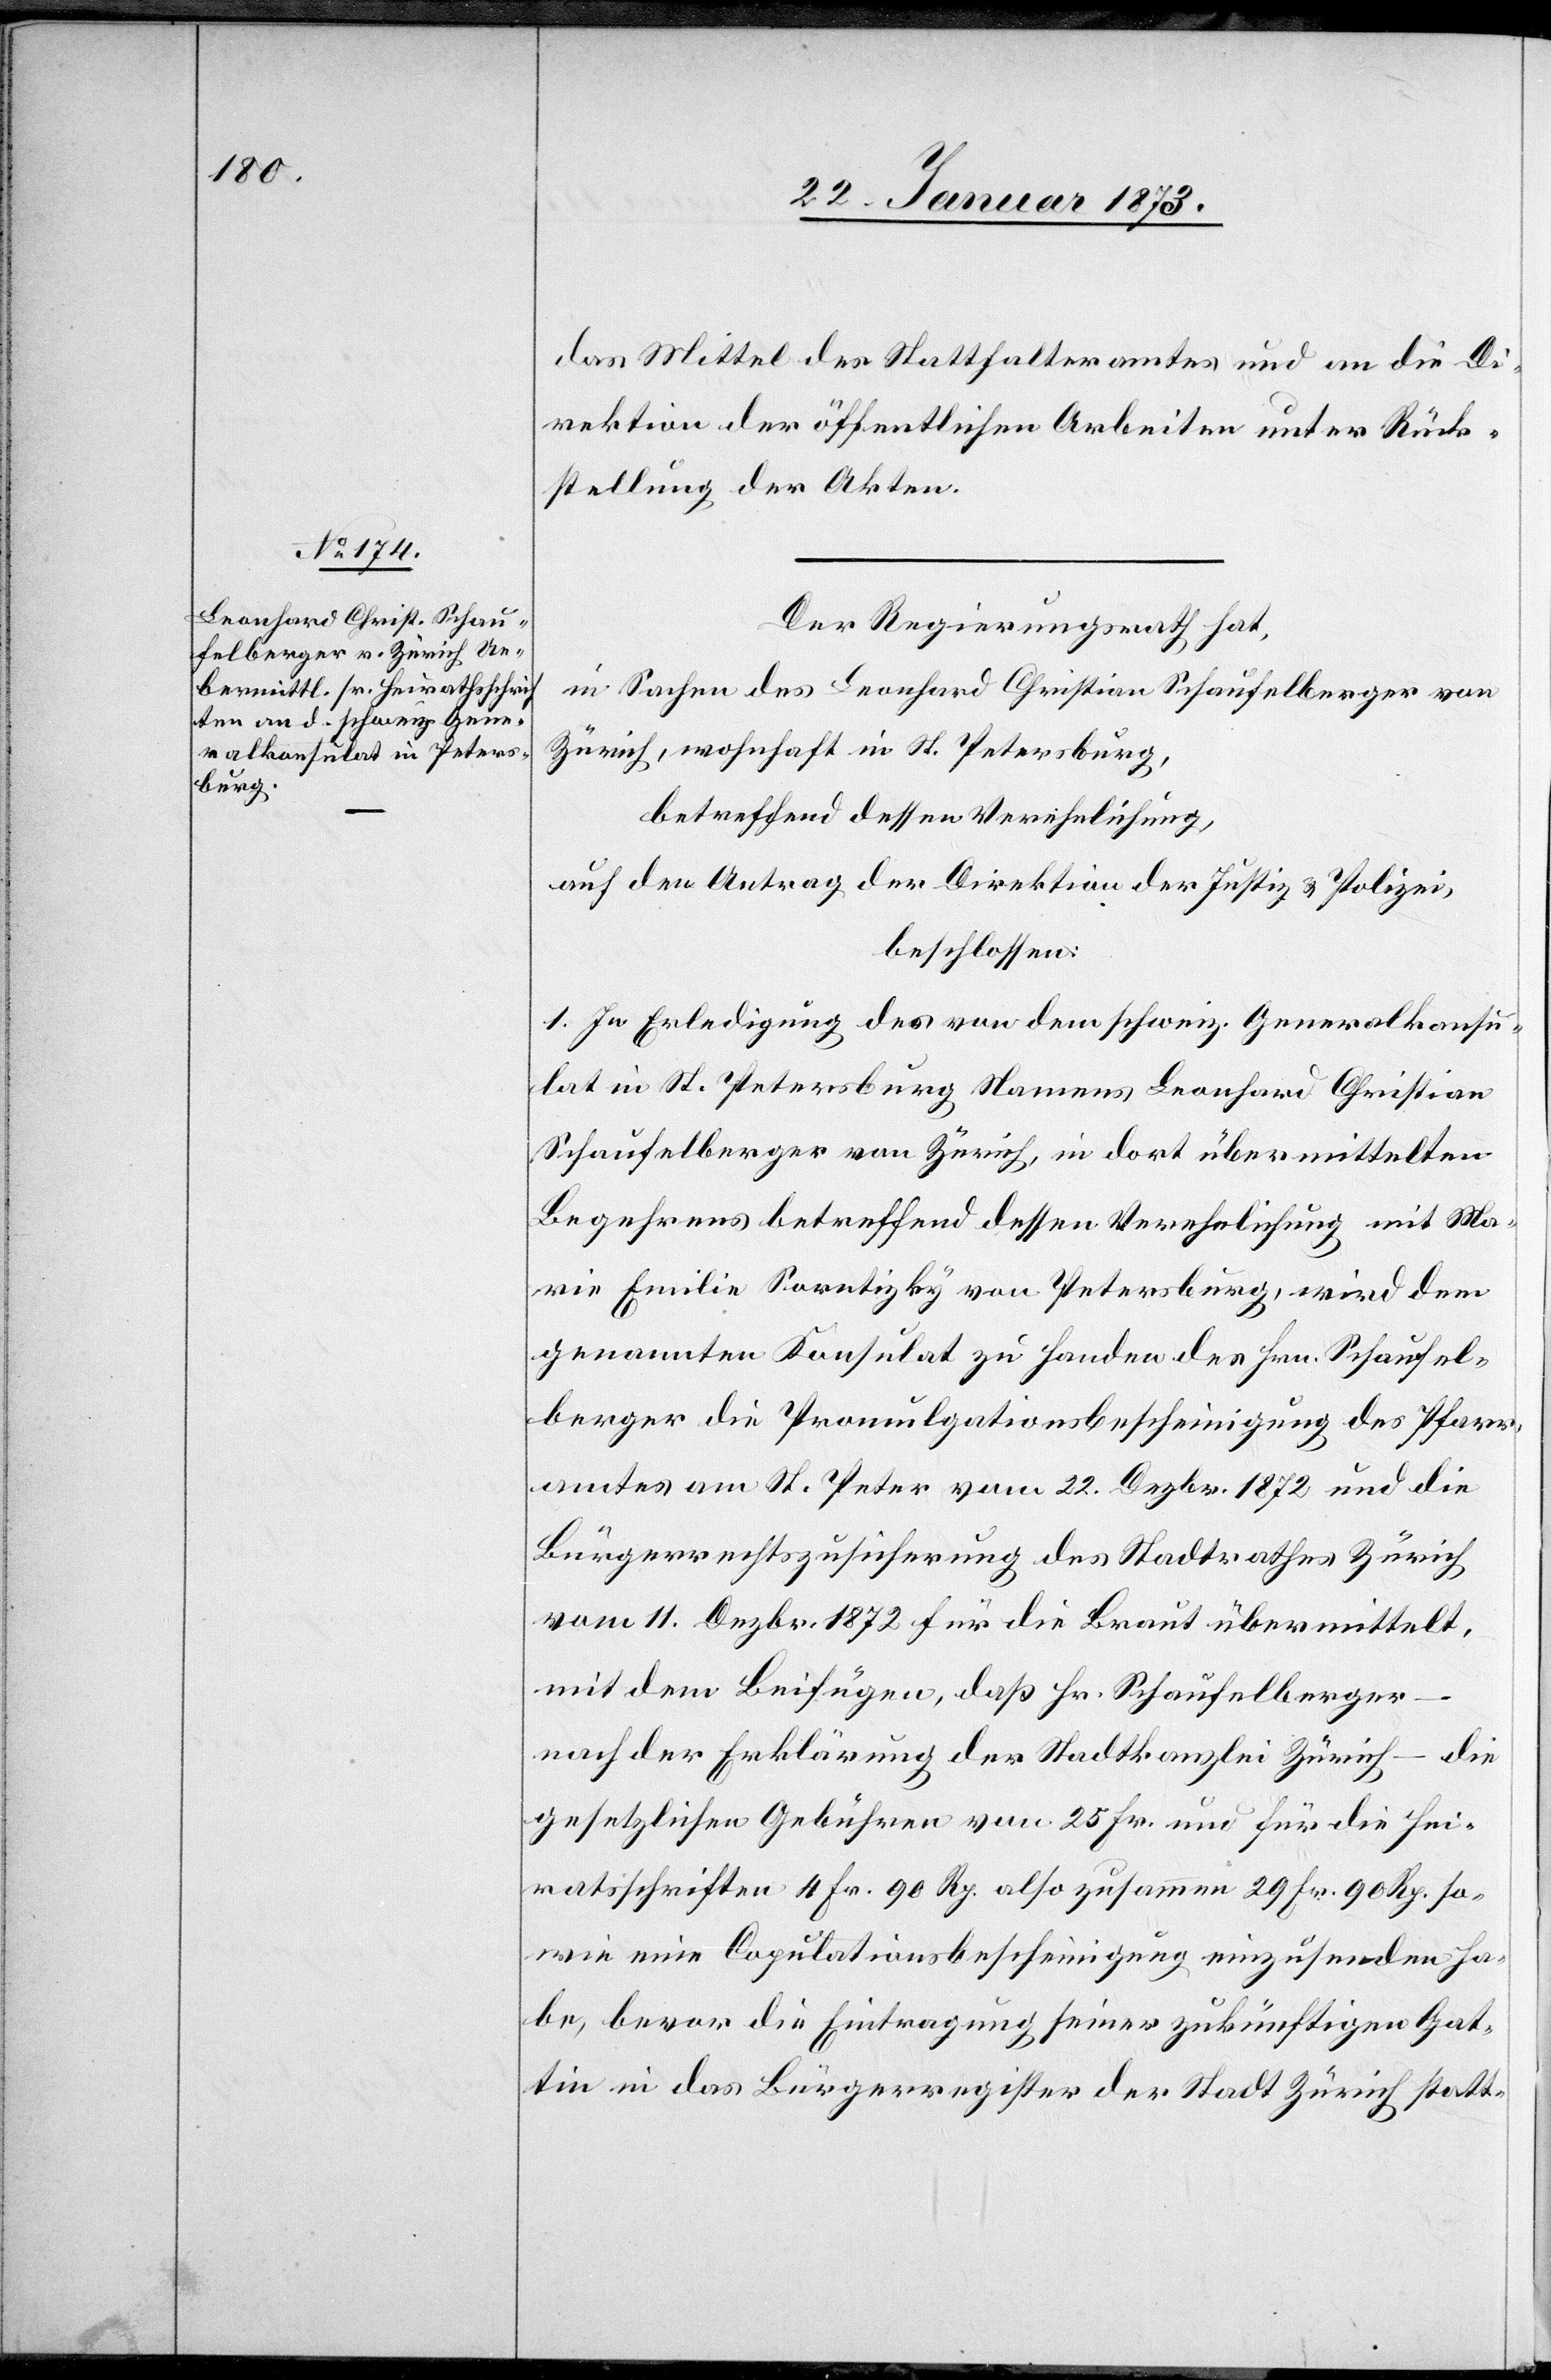
das Mittel des Statthalteramtes und an die Di¬
rektion der öffentlichen Arbeiten unter Rück¬
stellung der Akten.
Der Regierungsrath hat,
in Sachen des Leonhard Christian Schaufelberger von
Zürich, wohnhaft in St. Petersburg,
betreffend dessen Verehelichung,
auf den Antrag der Direktion der Justiz u. Polizei,
beschlossen:
1. In Erledigung des von dem schweiz. Generalkonsu¬
lat in St. Petersburg Namens Leonhard Christian
Schaufelberger von Zürich, in dort übermittelten
Begehrens betreffend dessen Verehelichung mit Ma¬
rie Emilie Sarntizky von Petersburg, wird dem
genannten Konsulat zu Handen des Hrn. Schaufel¬
berger die Promulgationsbescheinigung des Pfarr¬
amtes am St. Peter vom 22. Dezbr. 1872 und die
Bürgerrechtszusicherung des Stadtrathes Zürich
vom 11. Dezbr. 1872 für die Braut übermittelt,
mit dem Beifügen, daß Hr. Schaufelberger
–
nach der Erklärung der Stadtkanzlei Zürich – die
gesetzlichen Gebühren von 25 Fr. und für die Hei¬
matsschriften 4 Fr. 90 Rp. also zusammen 29 fr. 90 Rp. so¬
wie eine Copulationsbescheinigung einzusenden ha¬
be, bevor die Eintragung seiner zukünftigen Gat¬
tin in das Bürgerregister der Stadt Zürich statt-